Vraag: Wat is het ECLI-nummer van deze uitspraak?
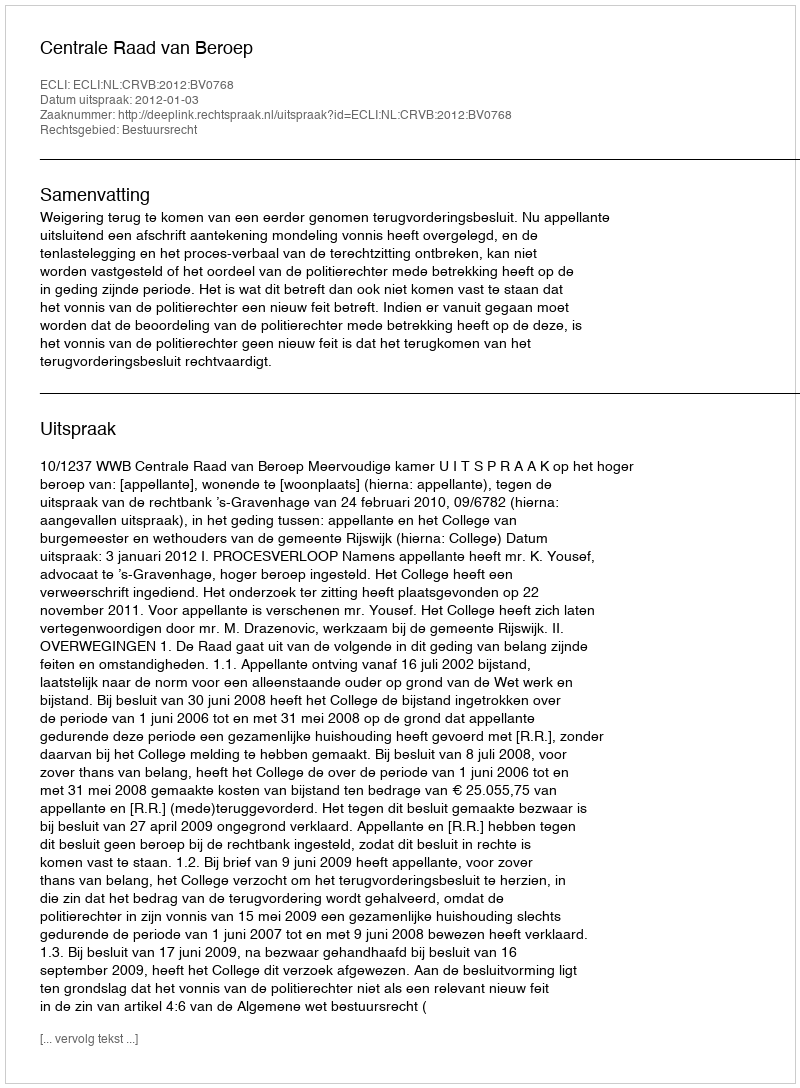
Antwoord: ECLI:NL:CRVB:2012:BV0768